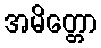
အမိတ္တော